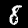
Digit: 8